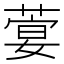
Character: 𦶳